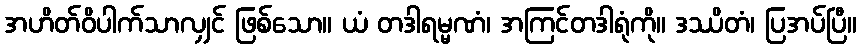
အဟိတ်ဝိပါက်သာလျှင် ဖြစ်သော။ ယံ တဒါရမ္မဏံ၊ အကြင်တဒါရုံကို။ ဒဿိတံ၊ ပြအပ်ပြီ။